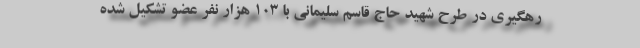
رهگیری در طرح شهید حاج قاسم سلیمانی با ۱۰۳ هزار نفر عضو تشکیل شده